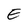
Character: E